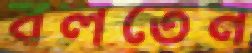
বলতেন